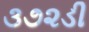
૩૭૨ડી